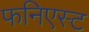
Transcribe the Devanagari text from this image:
फनिएस्ट